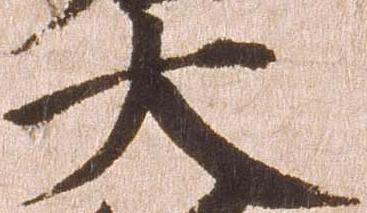
大